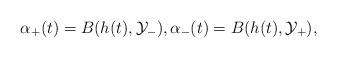
LaTeX: \begin{align*} \alpha_+(t)= B(h(t), \mathcal{Y}_-), \alpha_-(t)=B(h(t), \mathcal{Y}_+),\end{align*}